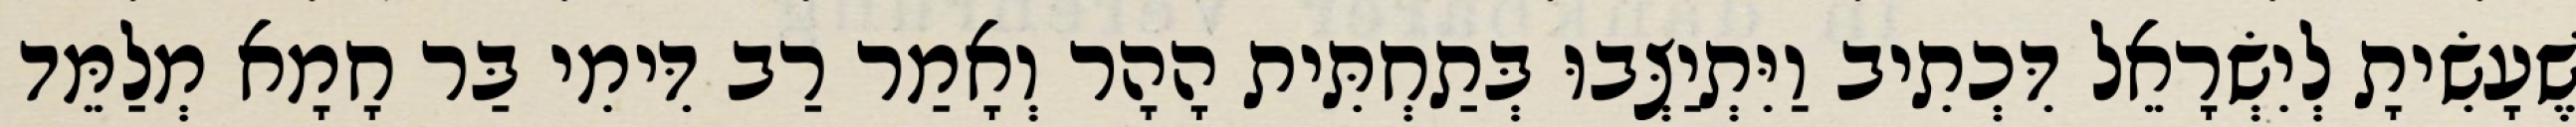
שֶׁעָשִׂיתָ לְיִשְׂרָאֵל דִּכְתִיב וַיִּתְיַצְּבוּ בְּתַחְתִּית הָהָר וְאָמַר רַב דִּימִי בַּר חָמָא מְלַמֵּד